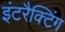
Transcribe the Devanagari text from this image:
इंटरैक्टिंग